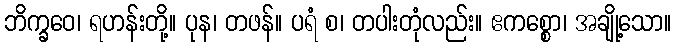
ဘိက္ခဝေ၊ ရဟန်းတို့။ ပုန၊ တဖန်။ ပရံ စ၊ တပါးတုံလည်း။ ဧကစ္စော၊ အချို့သော။